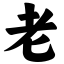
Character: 老